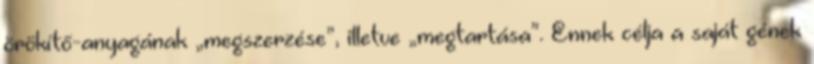
örökítő-anyagának „megszerzése”, illetve „megtartása”. Ennek célja a saját gének